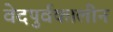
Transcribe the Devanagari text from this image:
वेदपुर्वकालीन